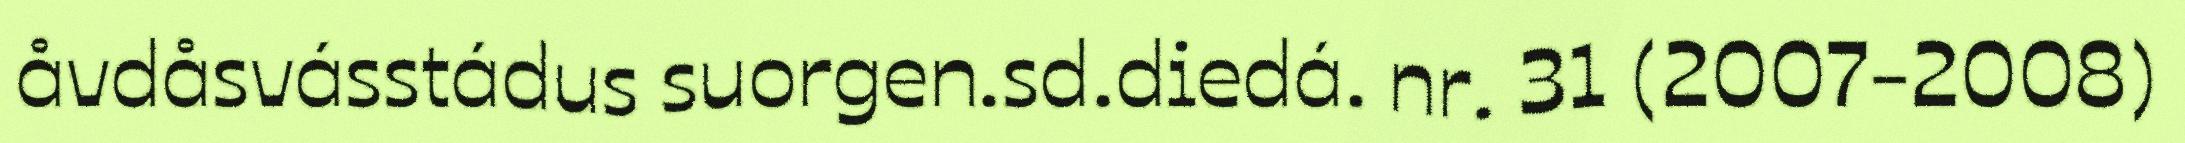
åvdåsvásstádus suorgen.sd.diedá. nr. 31 (2007-2008)